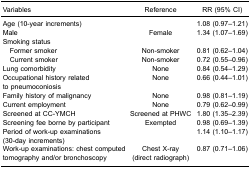
<table><thead><tr><td><b>Variables</b></td><td><b>Reference</b></td><td><b>RR (95% CI)</b></td></tr></thead><tbody><tr><td>Age (10-year increments)</td><td> </td><td>1.08 (0.97–1.21)</td></tr><tr><td>Male</td><td>Female</td><td>1.34 (1.07–1.69)</td></tr><tr><td colspan="3">Smoking status</td></tr><tr><td> Former smoker</td><td>Non-smoker</td><td>0.81 (0.62–1.04)</td></tr><tr><td> Current smoker</td><td>Non-smoker</td><td>0.72 (0.55–0.96)</td></tr><tr><td>Lung comorbidity</td><td>None</td><td>0.84 (0.54–1.29)</td></tr><tr><td>Occupational history relatedto pneumoconiosis</td><td>None</td><td>0.66 (0.44–1.01)</td></tr><tr><td>Family history of malignancy</td><td>None</td><td>0.98 (0.81–1.19)</td></tr><tr><td>Current employment</td><td>None</td><td>0.79 (0.62–0.99)</td></tr><tr><td>Screened at CC-YMCH</td><td>Screened at PHWC</td><td>1.80 (1.35–2.39)</td></tr><tr><td>Screening fee borne by participant</td><td>Exempted</td><td>0.98 (0.69–1.39)</td></tr><tr><td>Period of work-up examinations(30-day increments)</td><td> </td><td>1.14 (1.10–1.17)</td></tr><tr><td>Work-up examinations: chest computedtomography and/or bronchoscopy</td><td>Chest X-ray(direct radiograph)</td><td>0.87 (0.71–1.06)</td></tr></tbody></table>